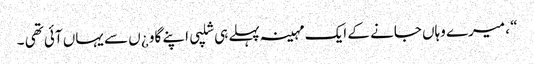
“ ، میرے وہاں جانے کے ایک مہینہ پہلے ہی شلپی اپنے گاو ¿ں سے یہاں آئی تھی ۔